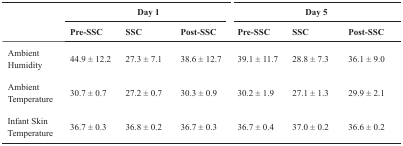
|  | <COLSPAN=3> Day 1 | <COLSPAN=3> Day 5 |
 |  | Pre-SSC | SSC | Post-SSC | Pre-SSC | SSC | Post-SSC |
 | --- | --- | --- | --- | --- | --- | --- |
 | Ambient Humidity | 44.9 ± 12.2 | 27.3 ± 7.1 | 38.6 ± 12.7 | 39.1 ± 11.7 | 28.8 ± 7.3 | 36.1 ± 9.0 |
 | Ambient Temperature | 30.7 ± 0.7 | 27.2 ± 0.7 | 30.3 ± 0.9 | 30.2 ± 1.9 | 27.1 ± 1.3 | 29.9 ± 2.1 |
 | Infant Skin Temperature | 36.7 ± 0.3 | 36.8 ± 0.2 | 36.7 ± 0.3 | 36.7 ± 0.4 | 37.0 ± 0.2 | 36.6 ± 0.2 |